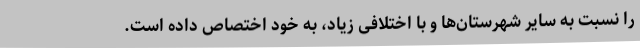
را نسبت به سایر شهرستان‌ها و با اختلافی زیاد، به خود اختصاص داده است.